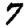
Digit: 7